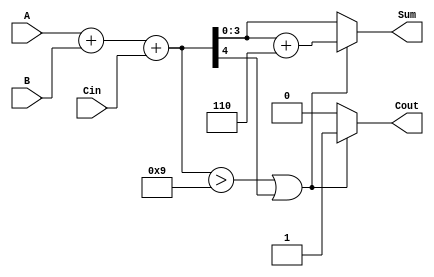
module bcd_adder (
    input [3:0] A,      // First BCD digit
    input [3:0] B,      // Second BCD digit
    input Cin,          // Carry input
    output reg [3:0] Sum, // BCD result
    output reg Cout      // Carry output
);

    wire [4:0] binary_sum; // Intermediate 5-bit sum
    wire correction_needed; // Signal to indicate if correction is needed

    // Step 1: Compute the binary sum of A, B and Cin
    assign binary_sum = A + B + Cin;

    // Step 2: Check conditions for BCD correction
    // Correction is needed if the sum is greater than 9 (1001) or has a carry-out
    assign correction_needed = (binary_sum > 5'b01001) || (binary_sum[4] == 1'b1);

    // Step 3: Perform BCD correction if needed
    always @(*) begin
        if (correction_needed) begin
            // Add 6 (0110) to binary sum when correction is needed
            Sum = binary_sum[3:0] + 4'b0110;
            Cout = 1'b1; // Set carry-out
        end else begin
            Sum = binary_sum[3:0]; // No correction needed
            Cout = 1'b0; // No carry-out
        end
    end

endmodule